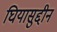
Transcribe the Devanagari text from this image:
घियासुद्दीन